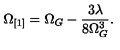
\Omega _ { [ 1 ] } = \Omega _ { G } - \frac { 3 \lambda } { 8 \Omega _ { G } ^ { 3 } } .